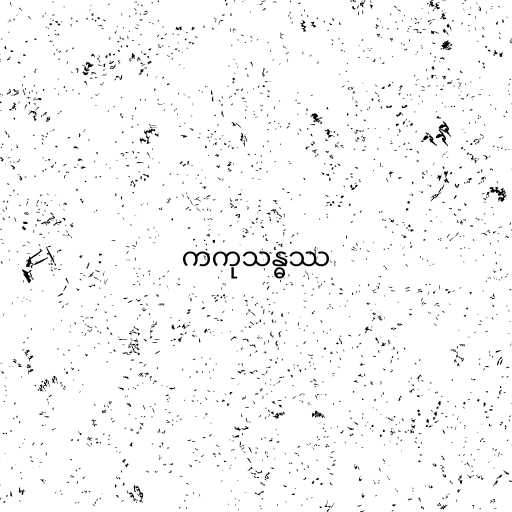
ကကုသန္ဓဿ